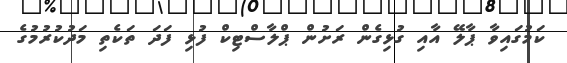
ކަމުގައިވާ ޕާލޭ އާއި ގުޅިގެން ރަށުން ޕްލާސްޓިކް ފުޅި ފަދަ ތަކެތި މަދުކުރުމުގެ